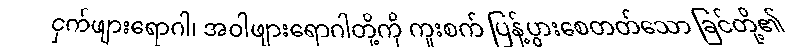
ငှက်ဖျားရောဂါ၊ အဝါဖျားရောဂါတို့ကို ကူးစက် ပြန့်ပွားစေတတ်သော ခြင်တို့၏